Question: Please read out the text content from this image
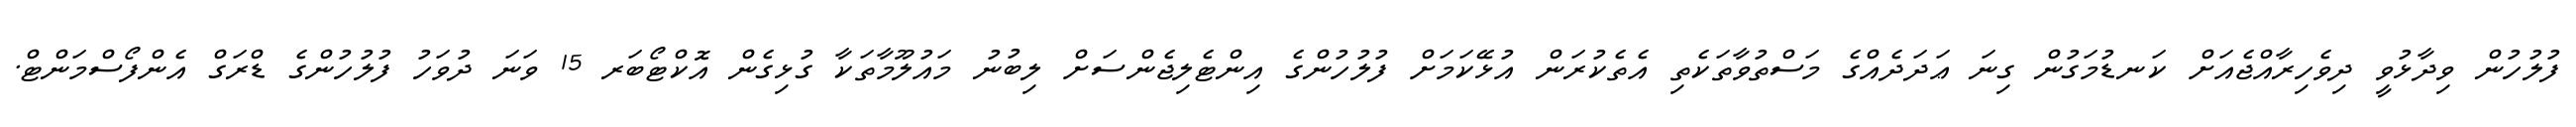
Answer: ފުލުހުން ވިދާޅުވީ ދިވެހިރާއްޖެއަށް ކަނޑުމަގުން ގިނަ ޢަދަދެއްގެ މަސްތުވާތަކެތި އެތެކުރަން އުޅޭކަމަށް ފުލުހުންގެ އިންޓެލިޖެންސަށް ލިބުނު މައުލޫމާތަކާ ގުޅިގެން އޮކްޓޯބަރ 15 ވަނަ ދުވަހު ފުލުހުންގެ ޑްރަގް އެންފޯސްމަންޓް.